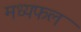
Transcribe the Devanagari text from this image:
मध्यफल